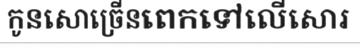
កូនសោច្រើនពេកទៅលើសោរ